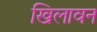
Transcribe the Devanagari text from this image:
खिलावन